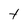
Character: t